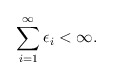
\begin{align*}\sum_{i=1}^{\infty} \epsilon_i < \infty . \end{align*}